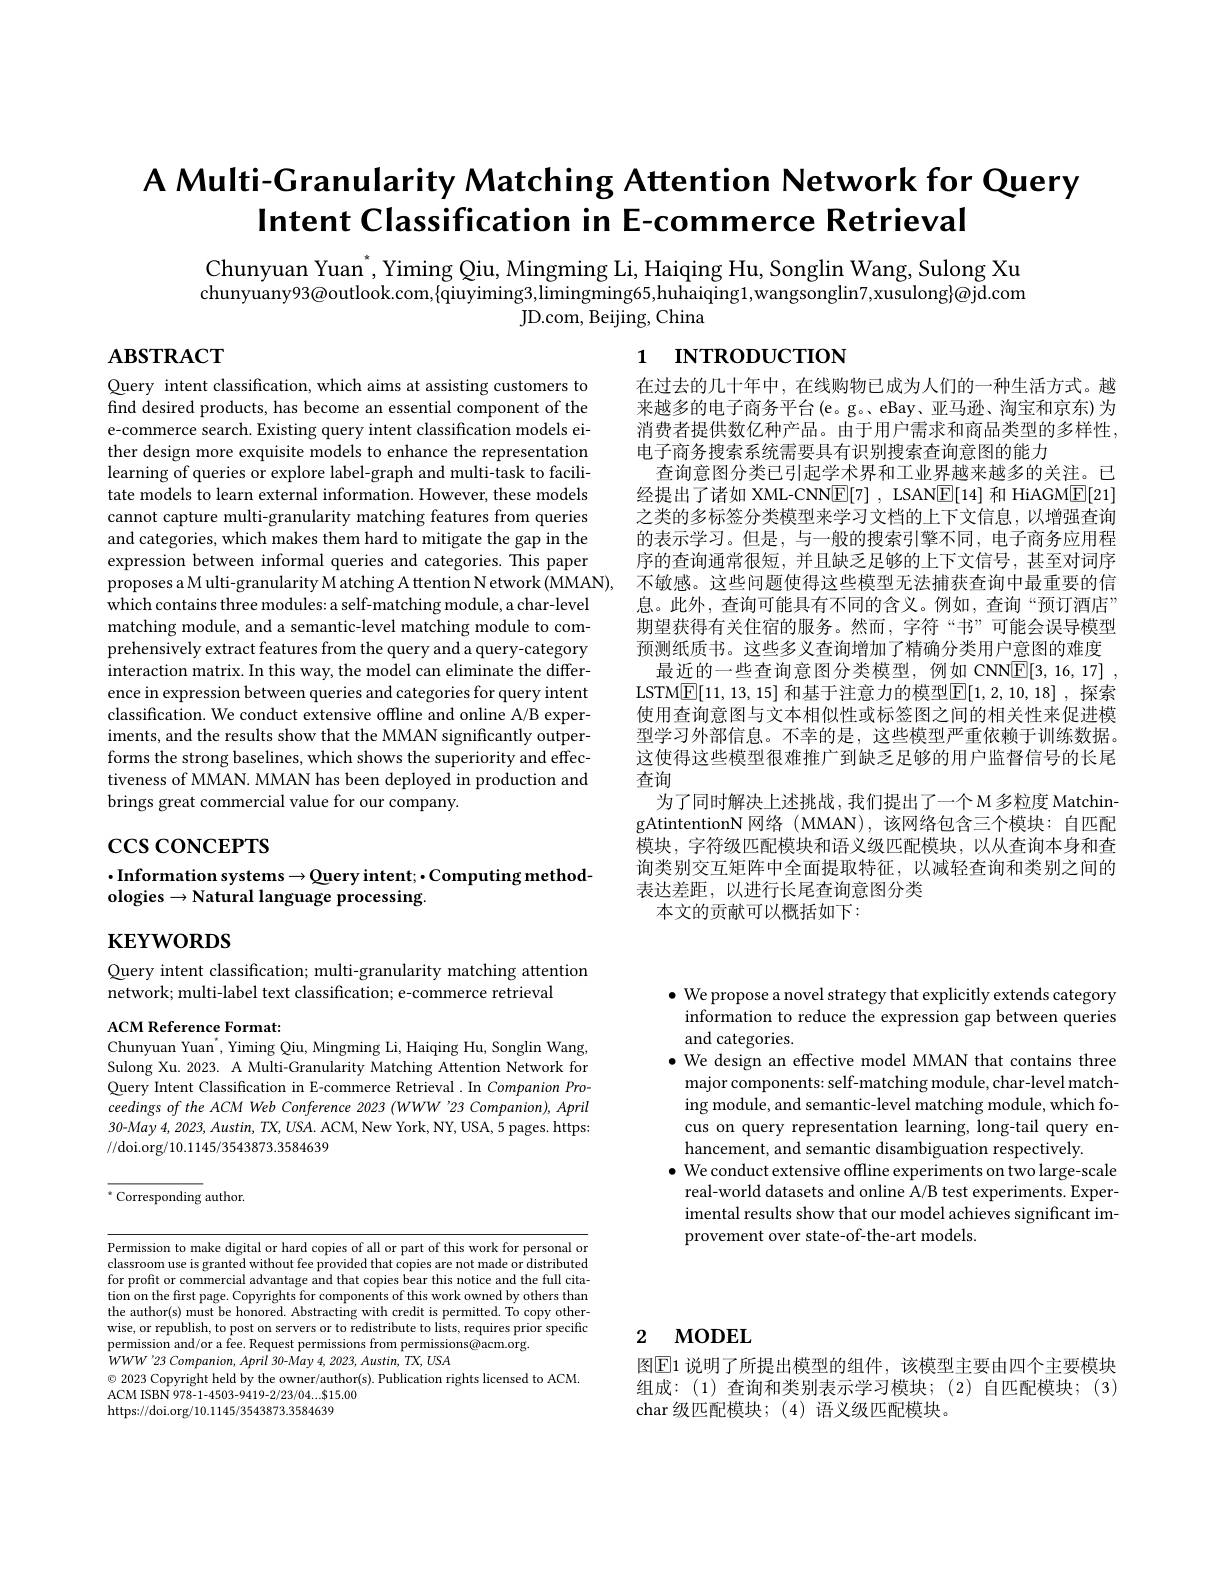
# A Multi-Granularity Matching Attention Network for Query Intent Classification in E-commerce Retrieval

Chunyuan Yuan$^*$,Yiming Qiu, Mingming Li, Haiqing Hu, Songlin Wang, Sulong Xu chunyuany93@outlook.com,{qiuyiming3,limingming65,huhaiqing1,wangsonglin7,xusulong}@jd.com
JD. com, Beijing, China

$\mathbf{ABSTRACT}$

1 INTRODUCTION

Query intent classification, which aims at assisting customers to find desired products, has become an essential component of the e-commerce search. Existing query intent classification models either design more exquisite models to enhance the representation learning of queries or explore label-graph and multi-task to facilitate models to learn external information. However, these models cannot capture multi-granularity matching features from queries and categories, which makes them hard to mitigate the gap in the expression between informal queries and categories. This paper proposes a M ulti-granularity M atching A ttention N etwork (MMAN),
which contains three modules: a self-matching module, a char-level matching module, and a semantic-level matching module to comprehensively extract features from the query and a query-category interaction matrix. In this way, the model can eliminate the difference in expression between queries and categories for query intent classification. We conduct extensive offline and online A/B experiments, and the results show that the MMAN significantly outperforms the strong baselines, which shows the superiority and effectiveness of MMAN. MMAN has been deployed in production and brings great commercial value for our company.

在过去的几十年中，在线购物已成为人们的一种生活方式。越来越多的电子商务平台(e。g。eBay、亚马逊、淘宝和京东)为消费者提供数亿种产品。由于用户需求和商品类型的多样性， 电子商务搜索系统需要具有识别搜索查询意图的能力
查询意图分类已引起学术界和工业界越来越多的关注。已经提出了诸如 XML-CNN$\boxed{\mathrm{E}}[7]$, LSAN$\boxed{\mathrm{E}}[14]$和 HiAGM$\boxed{\mathrm{E}}[21]$ 之类的多标签分类模型来学习文档的上下文信息，以增强查询的表示学习。但是，与一般的搜索引擎不同，电子商务应用程序的查询通常很短，并且缺乏足够的上下文信号，甚至对词序不敏感。这些问题使得这些模型无法捕获查询中最重要的信息。此外，查询可能具有不同的含义。例如，查询“预订酒店” 期望获得有关住宿的服务。然而，字符“书”可能会误导模型预测纸质书。这些多义查询增加了精确分类用户意图的难度
最近的一些查询意图分类模型，例如 CNNE[3,16,17] , LSTM$\underline{\mathbb{E}}[11,13,15]$ 和基于注意力的模型$\underline{\mathbb{E}}[1,2,10,18]$, 探索使用查询意图与文本相似性或标签图之间的相关性来促进模型学习外部信息。不幸的是，这些模型严重依赖于训练数据。这使得这些模型很难推广到缺乏足够的用户监督信号的长尾查询
为了同时解决上述挑战，我们提出了一个M 多粒度 MatchingAtintentionN 网络 (MMAN),该网络包含三个模块：自匹配模块，字符级匹配模块和语义级匹配模块，以从查询本身和查询类别交互矩阵中全面提取特征，以减轻查询和类别之间的表达差距，以进行长尾查询意图分类
本文的贡献可以概括如下：

$\csc\cos$coNCEPTS

## $\cdot$Information systems$\to$Query intent;$\cdot$Computing methodologies$\to$Natural language processing.

$\mathbf{KEYWORDS}$

Query intent classification; multi-granularity matching attention
network; multi-label text classification; e-commerce retrieval
ACM Reference Format:

Chunyuan Yuan', Yiming Qiu, Mingming Li, Haiqing Hu, Songlin Wang, Sulong Xu. 2023. A Multi-Granularity Matching Attention Network for Query Intent Classification in E-commerce Retrieval .In Companion Proceedings of the ACM Web Conference 2023 (WWW '23 Companion), April 30-May 4, 2023, Austin, TX, USA. ACM, New York, NY, USA, 5 pages. https: //doi.org/10.1145/3543873.3584639

$\bullet$ We propose a novel strategy that explicitly extends category information to reduce the expression gap between queries and categories.
$\bullet$ We design an effective model MMAN that contains three major components: self-matching module, char-level matching module, and semantic-level matching module, which focus on query representation learning, long-tail query enhancement, and semantic disambiguation respectively
$\bullet$ We conduct extensive offline experiments on two large-scale real-world datasets and online A/B test experiments. Experimental results show that our model achieves significant improvement over state-of-the-art models.

$^{*}$Corresponding author.

Permission to make digital or hard copies of all or part of this work for personal or classroom use is granted without fee provided that copies are not made or distributed for profit or commercial advantage and that copies bear this notice and the full citation on the first page. Copyrights for components of this work owned by others than the author(s) must be honored. Abstracting with credit is permitted. To copy otherwise, or republish, to post on servers or to redistribute to lists, requires prior specific permission and/or a fee. Request permissions from permissions@acm.org.
$WWW^{\prime }23$ $Companion$, April $30- May$ 4, 2023, $Austin$, $TX$, $USA$
$\odot$ 2023 Copyright held by the owner/author(s). Publication rights licensed to ACM.
ACM ISBN 978-1-4503-9419-2/23/04....815.00
https://doi.org/10.1145/3543873.3584639

## 2 морЕL

图$\boxed{\mathrm{E}}$1 说明了所提出模型的组件，该模型主要由四个主要模块组成：(1)查询和类别表示学习模块；(2)自匹配模块；(3)

char 级匹配模块；(4) 语义级匹配模块。